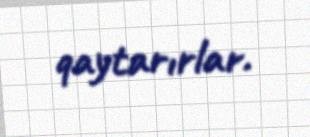
qaytarırlar.